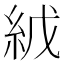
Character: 𬗇